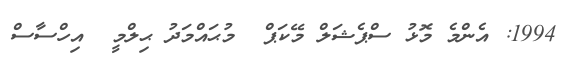
1994: އެންމެ މޮޅު ސްޕެޝަލް މޭކަޕް  މުޙައްމަދު ޙިލްމީ  އިހްސާސް